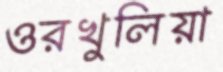
ওরখুলিয়া